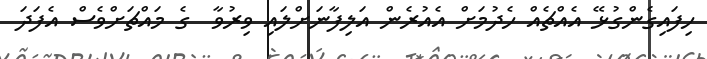
ހިފައިގެންގުޅޭ އެއްޗެއް ހެދުމަށް އެއުރެން އަލިފާނަށްލައި ވިރުވާ  ގެ މައްޗަށްވެސް އެފަދަ